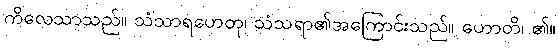
ကိလေသာသည်။ သံသာရဟေတု၊ သံသရာ၏အကြောင်းသည်။ ဟောတိ၊ ၏။